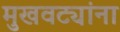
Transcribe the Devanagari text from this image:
मुखवट्यांना